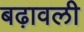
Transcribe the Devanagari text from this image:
बढ़ावली